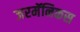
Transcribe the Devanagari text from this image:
जरमॅनिकस